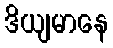
ဒိယျမာနေ